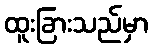
ထူးခြားသည်မှာ